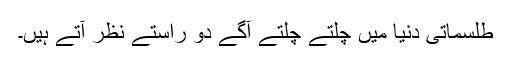
طلسماتی دنیا میں چلتے چلتے آگے دو راستے نظر آتے ہیں۔